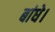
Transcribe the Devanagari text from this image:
बांधे।